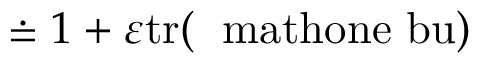
\doteq 1 + \varepsilon \mathrm { t r ( \nabla \ m a t h o n e \ b u ) }